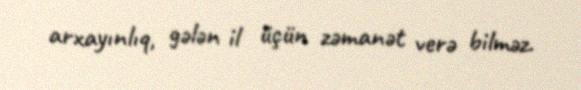
arxayınlıq, gələn il üçün zəmanət verə bilməz.